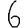
Digit: 6